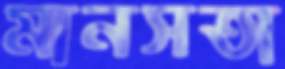
মানসতা